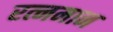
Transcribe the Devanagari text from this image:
रत्नमान